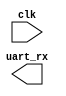
module uart_stim(clk, uart_rx);

   input clk;   
   output reg uart_rx;


   
   // Default baud of 115200, period (ns)
   parameter uart_baudrate_period_ns = 8680;

   // Uart Stim file - we include it
   parameter stim_file = "uart0_stim.v";
   
   // Something to trigger the task
   reg [7:0]  next_byte;
   parameter len = 11; // Number of chars in string
   reg [(len*8)-1:0] uart_string;
   integer 	i;

   /*
   initial
     begin
	uart_rx = 1;	
	uart_string = "dhry 100\\\\\\\\\\\\\\\\n!\\\\\\\\\\\\\\\\n";
	
	#12_000_000;       	
	for(i=0;i<len;i=i+1)
	  begin
	     uart_tx_byte(uart_string[(len*8)-1:(len*8)-8]);
	     #20_000_000;
	     // Shift along string
	     uart_string = {uart_string[(len*8)-9:0],8'h00};
	  end
     end
    */
   // Task to drive UART RX line (transmit a char) - 1 stop bit, no parity
   task uart_tx_byte;
    input [7:0] tx_byte;
      begin
	 // Start bit
	 uart_rx = 1'b0;
	 #uart_baudrate_period_ns;
	 uart_rx = tx_byte[0];
	 #uart_baudrate_period_ns;
	 uart_rx = tx_byte[1];
	 #uart_baudrate_period_ns;
	 uart_rx = tx_byte[2];
	 #uart_baudrate_period_ns;
	 uart_rx = tx_byte[3];
	 #uart_baudrate_period_ns;
	 uart_rx = tx_byte[4];
	 #uart_baudrate_period_ns;
	 uart_rx = tx_byte[5];
	 #uart_baudrate_period_ns;
	 uart_rx = tx_byte[6];
	 #uart_baudrate_period_ns;
	 uart_rx = tx_byte[7];
	 #uart_baudrate_period_ns;
	 // Stop bit
	 uart_rx = 1'b1;
	 #uart_baudrate_period_ns;
      end
   endtask // uart_tx_byte

endmodule